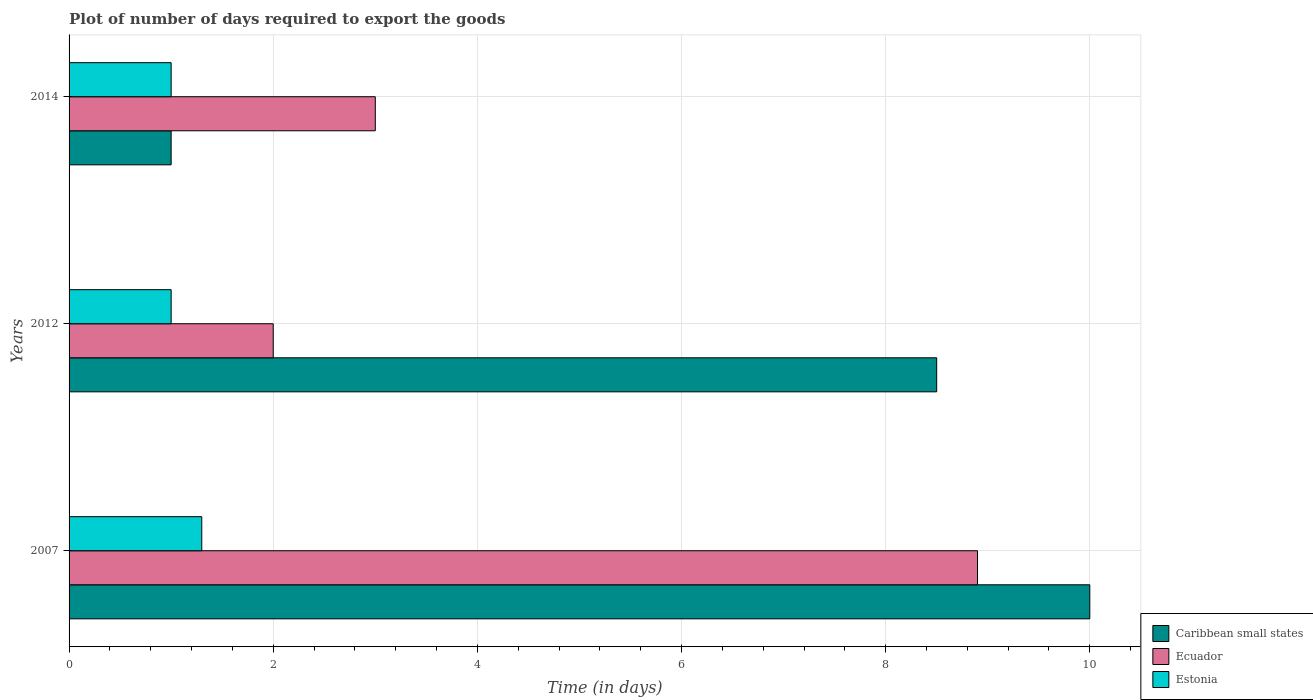
| Years | Caribbean small states | Ecuador | Estonia |
 | --- | --- | --- | --- |
 | 2007 | 10 | 8.9 | 1.3 |
 | 2012 | 8.5 | 2 | 1 |
 | 2014 | 1 | 3 | 1 |